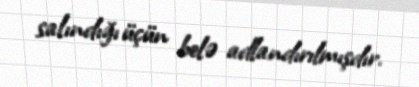
salındığı üçün belə adlandırılmışdır.